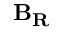
{ \bf { B _ { R } } }